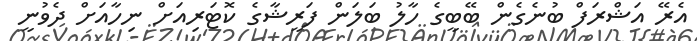
އެރޭ އަޝްރަފް ބުނެގެން ބޭބީގެ ހާލު ބަލަން ފަރީޝާގެ ކޮޓަރިއަށް ނިހާއަށް ދެވުނީ